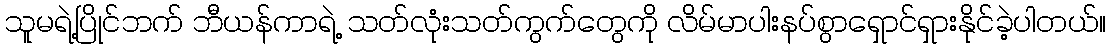
သူမရဲ့ပြိုင်ဘက် ဘီယန်ကာရဲ့ သတ်လုံးသတ်ကွက်တွေကို လိမ်မာပါးနပ်စွာရှောင်ရှားနိုင်ခဲ့ပါတယ်။